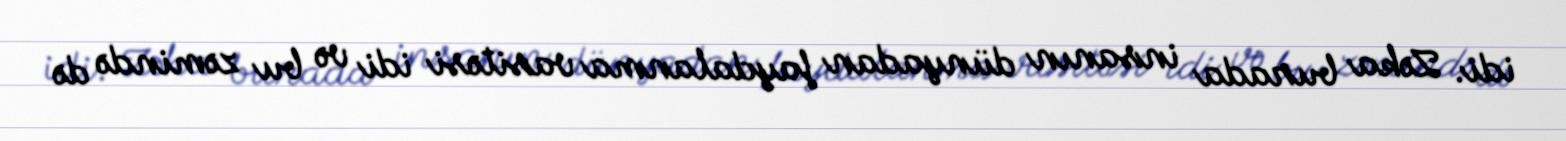
idi. Zəka burada insanın dünyadan faydalanma vasitəsi idi və bu zəmində də